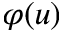
\varphi ( u )